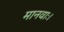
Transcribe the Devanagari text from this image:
मानवाः।